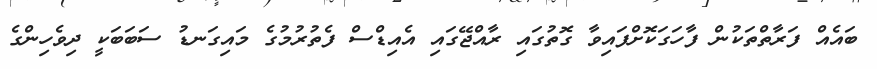
ބައެއް ފަރާތްތަކުން ފާހަގަކޮށްފައިވާ ގޮތުގައި ރާއްޖޭގައި އެއިޑްސް ފެތުރުމުގެ މައިގަނޑު ސަބަބަކީ ދިވެހިންގެ